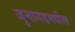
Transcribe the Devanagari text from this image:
जुनागडमधील